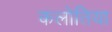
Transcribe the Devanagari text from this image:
कलोतिया